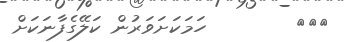
١١٨        ހަމަކަށަވަރުން ކަލޭގެފާނަކަށް